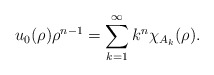
\begin{align*}u_{0}(\rho)\rho^{n-1}=\sum_{k=1}^{\infty}k^{n}\chi_{A_{k}}(\rho).\end{align*}